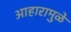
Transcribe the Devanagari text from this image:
आहारामुळे